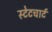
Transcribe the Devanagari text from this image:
स्टेटचार्ट